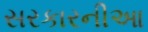
સરકારનીઆ